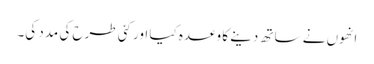
انھوں نے ساتھ دینے کا وعدہ کیا اور کئی طرح کی مدد کی۔